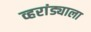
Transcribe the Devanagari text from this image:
व्हरांड्याला